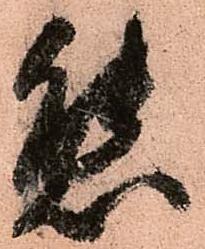
態